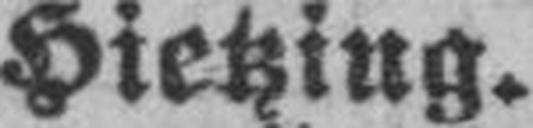
Hietzing.